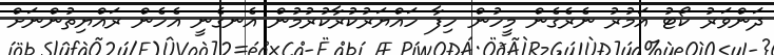
ދަންވަރު ކޯޓު އަމުރު ނެރެގެން މީހުން ހިފާ ހައްޔަރުކުރާކުރުމުން އެނގެނީ އެހެން ރައްޔިތުންނަށް